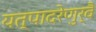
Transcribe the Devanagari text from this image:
यत्पादरेणुर्वै